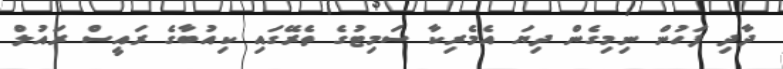
ދާދި ފަހުން ނިމިގެން ދިޔަ އެމެރިކާ ސަމިޓުގެ ތެރޭގައި ކިއުބާގެ ރައީސް ރައުލް